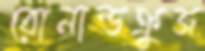
রোনাল্ডক্রুজ